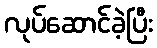
လုပ်ဆောင်ခဲ့ပြီး